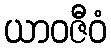
ယာဝဇီဝံ